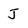
Character: J